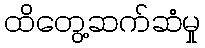
ထိတွေ့ဆက်ဆံမှု